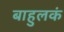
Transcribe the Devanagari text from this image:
बाहुलकं